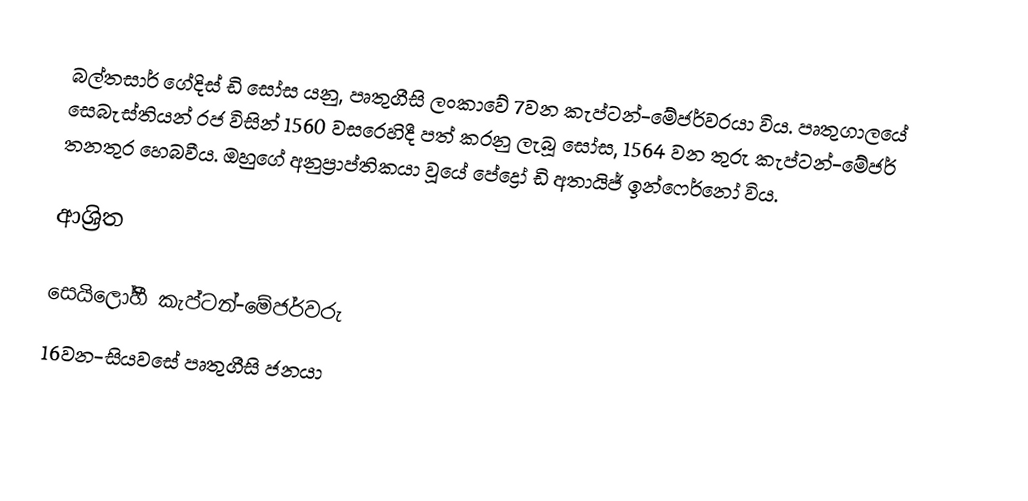
බල්තසාර් ගේදිස් ඩි සෝස යනු, පෘතුගීසි ලංකාවේ 7වන  කැප්ටන්-මේජර්වරයා විය. පෘතුගාලයේ සෙබැස්තියන් රජ විසින් 1560 වසරෙහිදී පත් කරනු ලැබූ සෝස, 1564 වන තුරු කැප්ටන්-මේජර් තනතුර හෙබවීය. ඔහුගේ අනුප්‍රාප්තිකයා වූයේ පේද්‍රෝ ඩි අතායිජ් ඉන්ෆෙර්නෝ විය.

ආශ්‍රිත

 සෙයිලෝහී කැප්ටන්-මේජර්වරු
16වන-සියවසේ පෘතුගීසි ජනයා